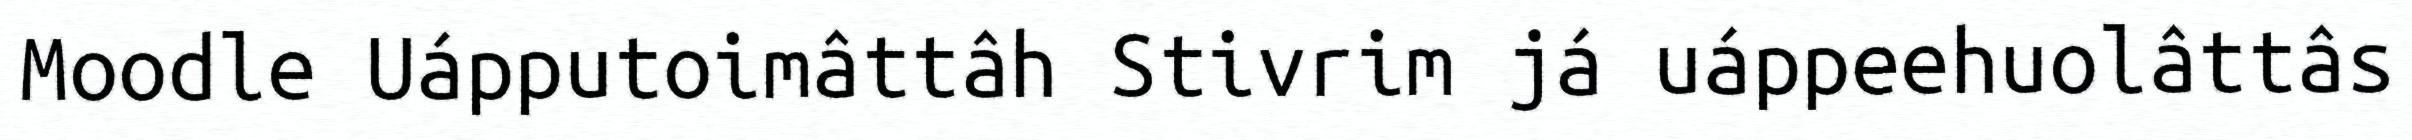
Moodle Uápputoimâttâh Stivrim já uáppeehuolâttâs